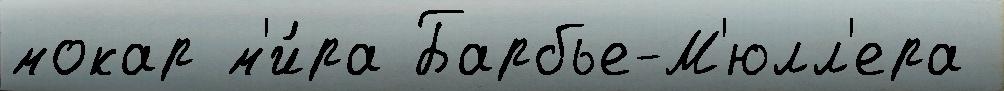
мокар м'и́ра Барбье-М'юлл'ера